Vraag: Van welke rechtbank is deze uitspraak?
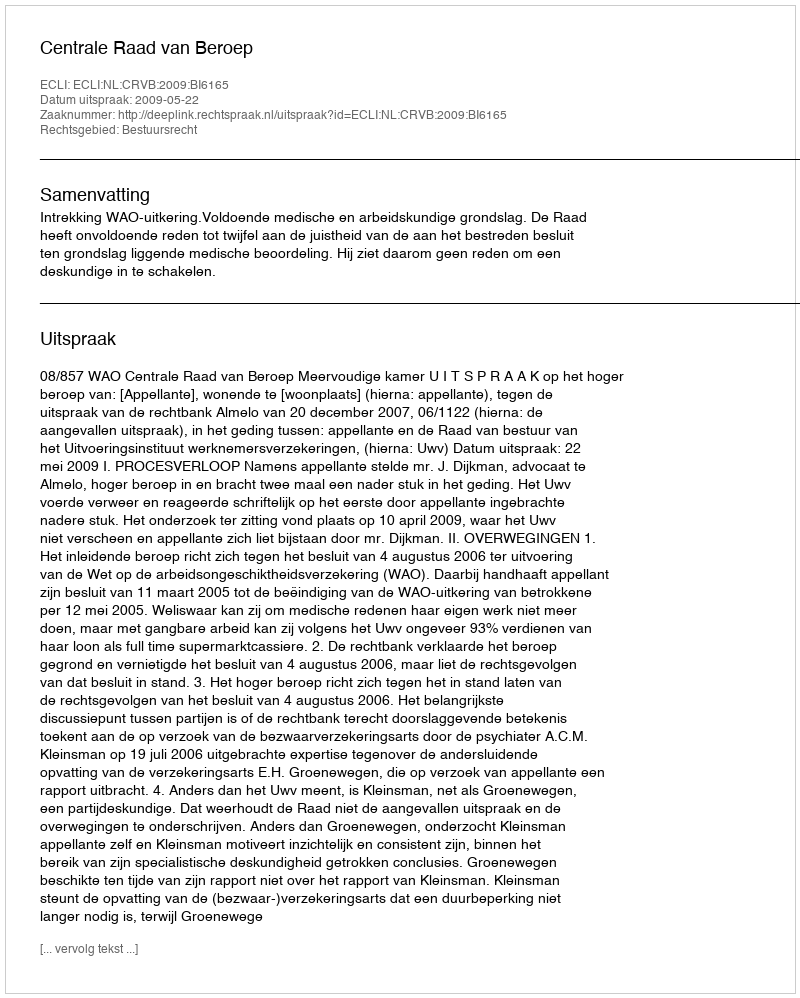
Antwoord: Centrale Raad van Beroep